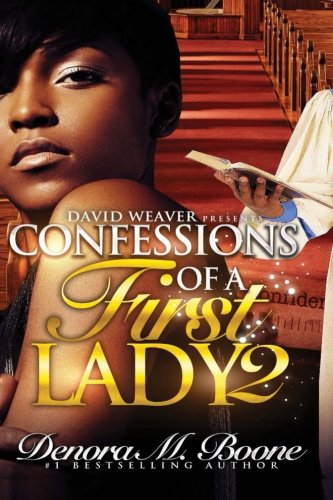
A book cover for Confessions of a First Lady 2; Denora M Boone; Literature & Fiction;